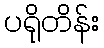
ပရိုတိန်း